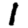
Digit: 1